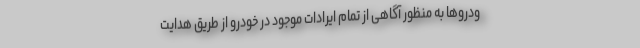
ودروها به منظور آگاهی از تمام ایرادات موجود در خودرو از طریق هدایت